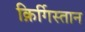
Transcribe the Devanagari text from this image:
क़िर्गिस्तान